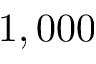
1 , 0 0 0